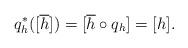
LaTeX: \begin{align*}q^*_h([\overline{h}]) = [\overline{h} \circ q_h] = [h].\end{align*}